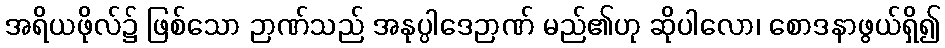
အရိယဖိုလ်၌ ဖြစ်သော ဉာဏ်သည် အနုပ္ပါဒေဉာဏ် မည်၏ဟု ဆိုပါလော၊ စောဒနာဖွယ်ရှိ၍